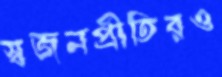
স্বজনপ্রীতিরও